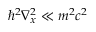
\hbar ^ { 2 } \nabla _ { x } ^ { 2 } \ll m ^ { 2 } c ^ { 2 }